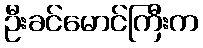
ဦးခင်မောင်ကြီးက